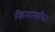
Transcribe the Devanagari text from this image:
किन्वासबित